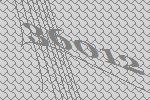
36012